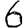
Digit: 6